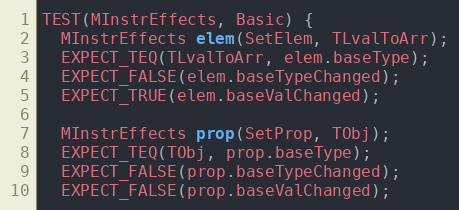
Language: C++
TEST(MInstrEffects, Basic) {
  MInstrEffects elem(SetElem, TLvalToArr);
  EXPECT_TEQ(TLvalToArr, elem.baseType);
  EXPECT_FALSE(elem.baseTypeChanged);
  EXPECT_TRUE(elem.baseValChanged);

  MInstrEffects prop(SetProp, TObj);
  EXPECT_TEQ(TObj, prop.baseType);
  EXPECT_FALSE(prop.baseTypeChanged);
  EXPECT_FALSE(prop.baseValChanged);